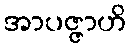
အာပဇ္ဇာဟိ